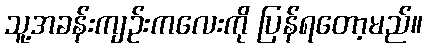
သူ့အခန်းကျဉ်းကလေးကို ပြန်ရတော့မည်။